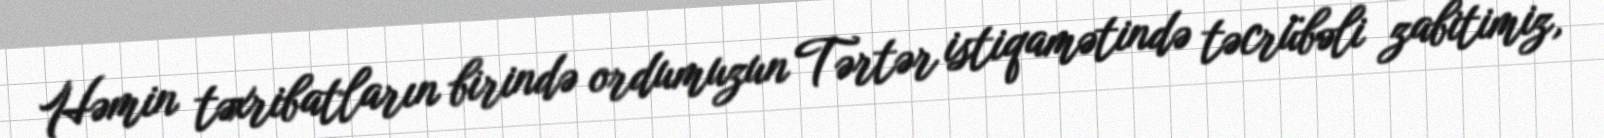
Həmin təxribatların birində ordumuzun Tərtər istiqamətində təcrübəli zabitimiz,